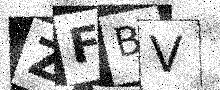
Text: ZFBV